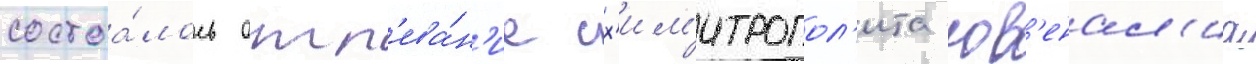
состоа́лось отп'ева́н'ие сх'им'итропол'ита юв'енал'иа